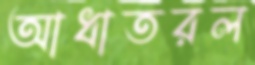
আধাতরল